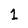
Character: 1